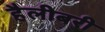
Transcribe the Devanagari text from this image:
हैलीबरी